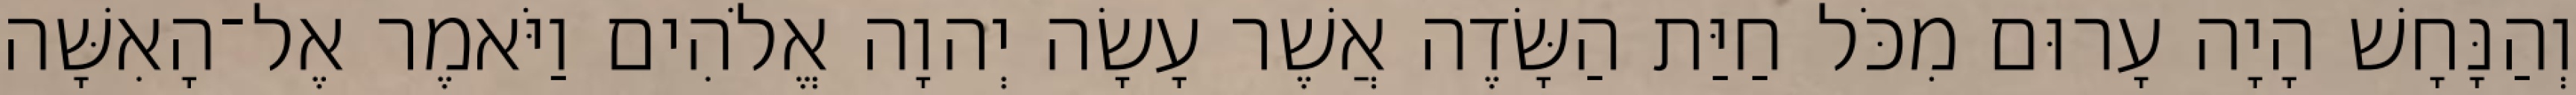
וְהַנָּחָשׁ הָיָה עָרוּם מִכֹּל חַיַּת הַשָּׂדֶה אֲשֶׁר עָשָׂה יְהוָה אֱלֹהִים וַיֹּאמֶר אֶל־הָאִשָּׁה